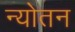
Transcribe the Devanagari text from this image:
न्योतन